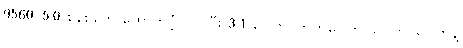
9560၊ 5.0 စနစ်တွေ ထောက်ပံ့ပါ၀င်ပြီး 3.1 ပေါက်၊ ကတ်ပေါက်၊ ပေါက်၊ ပေါက်နဲ့